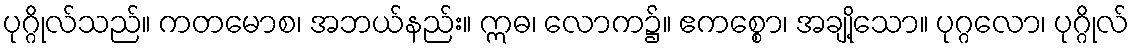
ပုဂ္ဂိုလ်သည်။ ကတမောစ၊ အဘယ်နည်း။ ဣဓ၊ လောက၌။ ဧကစ္စော၊ အချို့သော။ ပုဂ္ဂလော၊ ပုဂ္ဂိုလ်